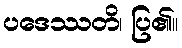
ပဒေဿတိ၊ ပြ၏။